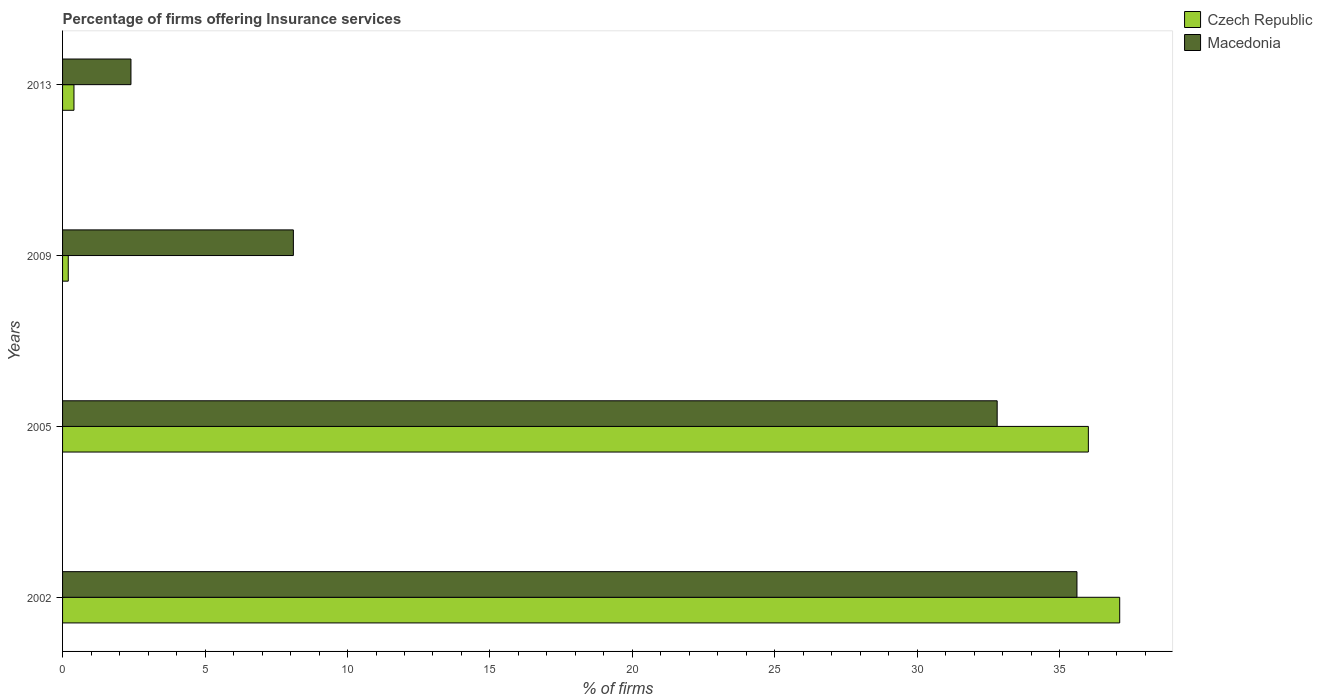
| Years | Czech Republic | Macedonia |
 | --- | --- | --- |
 | 2002 | 37.1 | 35.6 |
 | 2005 | 36 | 32.8 |
 | 2009 | 0.2 | 8.1 |
 | 2013 | 0.4 | 2.4 |